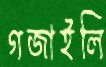
গজাইলি